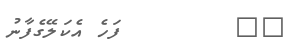
٤٧        ފަހެ އެކަލޭގެފާނު